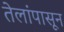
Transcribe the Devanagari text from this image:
तेलांपासून